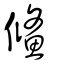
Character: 鯈